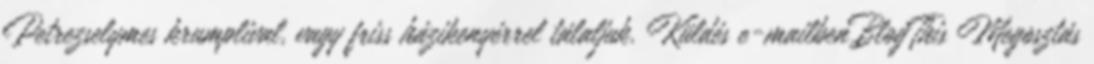
Petrezselymes krumplival, vagy friss házikenyérrel tálaljuk. Küldés e-mailbenBlogThis Megosztás